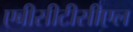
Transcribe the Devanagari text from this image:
एबीसीटीसीएल